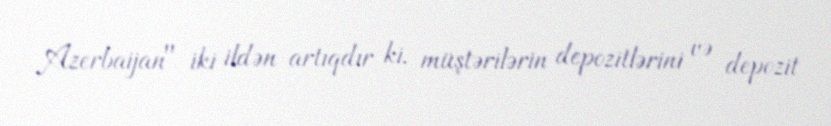
Azerbaijan" iki ildən artıqdır ki, müştərilərin depozitlərini və depozit